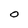
Character: O